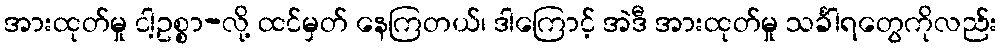
အားထုတ်မှု ငါ့ဥစ္စာ-လို့ ထင်မှတ် နေကြတယ်၊ ဒါကြောင့် အဲဒီ အားထုတ်မှု သင်္ခါရတွေကိုလည်း